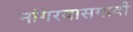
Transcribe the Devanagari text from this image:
नांगरवासगावी